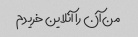
من آن را آنلاین خریدم